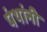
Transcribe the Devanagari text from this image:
पंथांनी